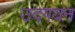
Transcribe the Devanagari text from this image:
उदगयन